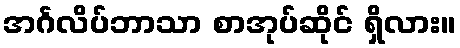
အင်္ဂလိပ်ဘာသာ စာအုပ်ဆိုင် ရှိလား။